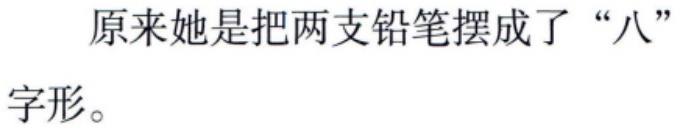
原来她是把两支铅笔摆成了“八”字形。